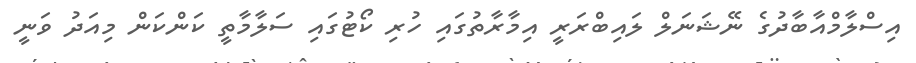
އިސްލާމްއާބާދުގެ ނޭޝަނަލް ލައިބްރަރީ އިމާރާތުގައި ހުރި ކޯޓުގައި ސަލާމާތީ ކަންކަން މިއަދު ވަނީ